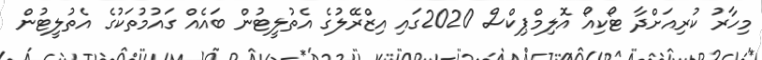
މިހާރު ކުރިއަށްދާ ޓޯކިއޯ އޮލިމްޕިކްސް 2020ގައި އިޒްރޭލުގެ އެތުލީޓުން ބައެއް ގައުމުތަކުގެ އެތުލީޓުން